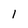
Character: l